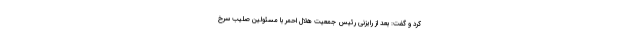
کرد و گفت: بعد از رایزنی رئیس جمعیت هلال احمر با مسئولین صلیب سرخ